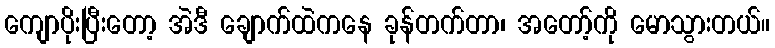
ကျောပိုးပြီးတော့ အဲဒီ ချောက်ထဲကနေ ခုန်တက်တာ၊ အတော့်ကို မောသွားတယ်။